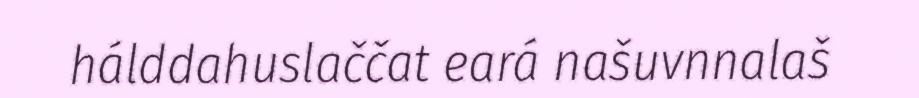
hálddahuslaččat eará našuvnnalaš